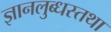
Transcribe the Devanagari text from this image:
ज्ञानलुब्धस्तथा